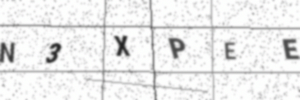
Text: N3XPEE